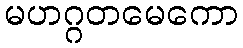
မဟဂ္ဂတမေကော